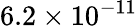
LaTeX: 6.2\times 10^{-11}